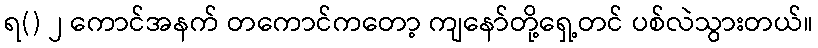
ရ() ၂ ကောင်အနက် တကောင်ကတော့ ကျနော်တို့ရှေ့တင် ပစ်လဲသွားတယ်။